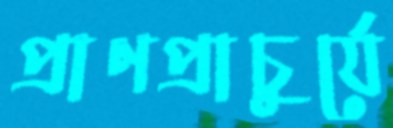
প্রাণপ্রাচুর্যে